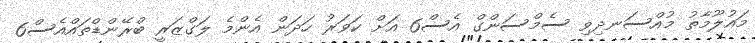
މައުލޫމާތު މުއްސަނދިވި ސެމްސަންގް އެސް6 އަށް ކަވަރު ހަދަން އެންމެ ލަގްޒަރީ ބްރޭންޑްތައްއެސް6